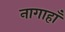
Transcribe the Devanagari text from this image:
नागाहाँ